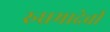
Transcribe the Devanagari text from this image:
रुध्रमादेवी